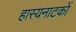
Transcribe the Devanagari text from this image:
हास्यनाटकों